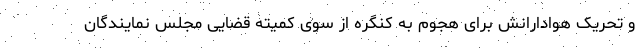
و تحریک هوادارانش برای هجوم به کنگره از سوی کمیته قضایی مجلس نمایندگان